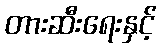
တားဆီးရေးနှင့်